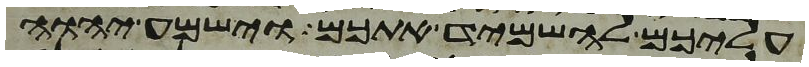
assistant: עליכם להשמיד אתכם וישמע יהוה